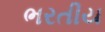
ભરતીય